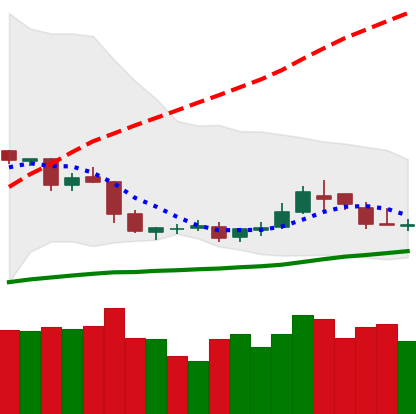
Ticker: DOGE-USD
Chart end date: 2019-05-08
Forward return: 8.632%
Label: up_7plus